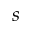
s